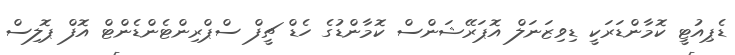
ޑެޕިއުޓީ ކޮމާންޑަރަކީ ޑިވިޒަނަލް އޮޕަރޭޝަންސް ކޮމާންޑުގެ ހެޑް ޗީފް ސްޕްރިންޓެންޑެންޓް އޮފް ޕޮލިސް